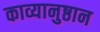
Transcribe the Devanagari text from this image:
काव्यानुष्ठान